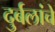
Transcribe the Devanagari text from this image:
दुर्बलांचे